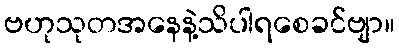
ဗဟုသုတအနေနဲ့သိပါရစေခင်ဗျာ။